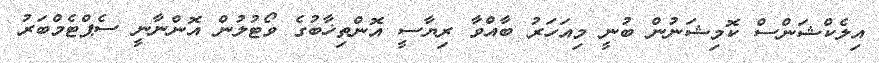
އިލެކްޝަންސް ކޮމިޝަނުން ބުނީ މިއަހަރު ބާއްވާ ރިޔާސީ އޮންތިޚާބުގެ ވޯޓުލުން އޮންނާނީ ސެޕްޓެމްބަރު